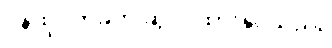
ဝန်ထုပ်တခုကို ဆွဲငင်ထားနိုင်သည်။